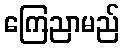
ကြေညာမည်